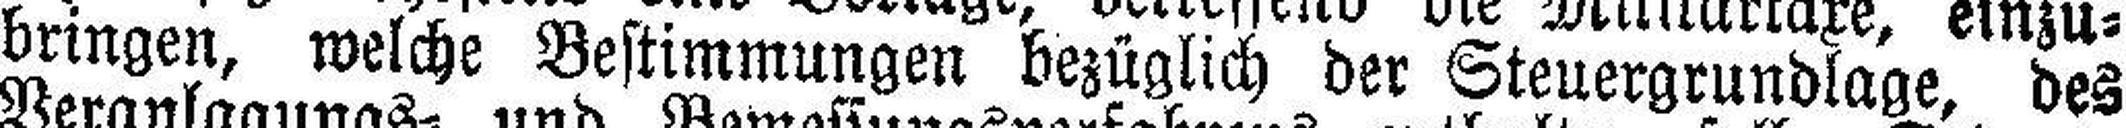
bringen, welche Bestimmungen bezüglich der Steuergrundlage, des